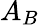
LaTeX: A_{B}